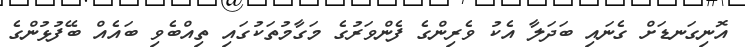
އޮނިގަނޑަށް ގެނައި ބަދަލާ އެކު ވެރިންގެ ފެންވަރުގެ މަގާމުތަކުގައި ތިއްބެވި ބައެއް ބޭފުޅުންގެ